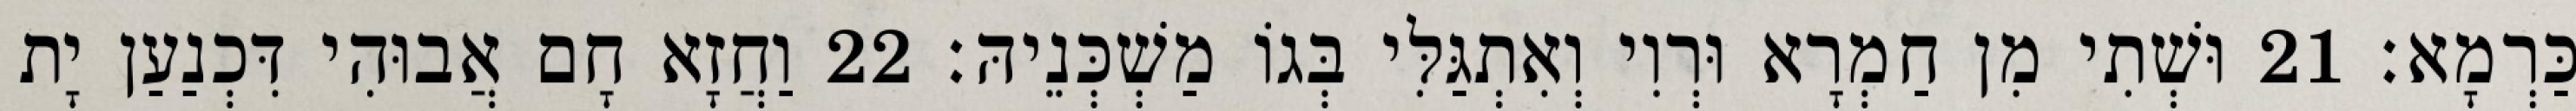
כַּרְמָא׃ 21 וּשְׁתִי מִן חַמְרָא וּרְוִי וְאִתְגַּלִּי בְּגוֹ מַשְׁכְּנֵיהּ׃ 22 וַחֲזָא חָם אֲבוּהִי דִּכְנַעַן יָת